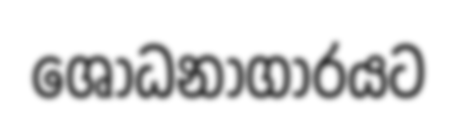
ශෝධනාගාරයට